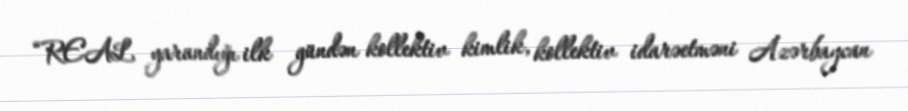
“REAL yarandığı ilk gündən kollektiv kimlik, kollektiv idarəetməni Azərbaycan